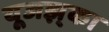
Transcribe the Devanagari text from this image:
यूजझ्‌का